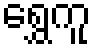
ရွှေကူ